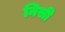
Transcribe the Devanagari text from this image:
निसी